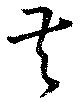
督